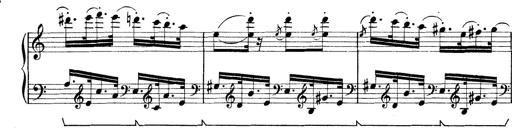
Title: Rapsodie: 19 ungheresi, 1 spagnuola
Composer: Franz Liszt